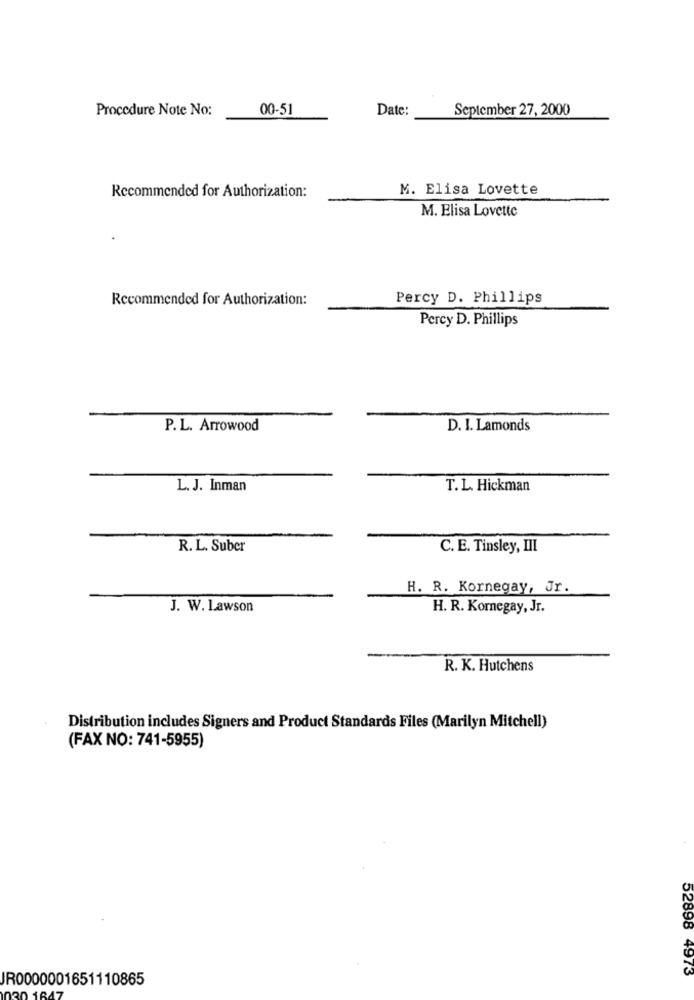
Procedure Note No:
00-51
Date:
September 27, 2000
M. Elisa Lovette
Recommended for Authorization:
M. Elisa Lovette
Recommended for Authorization:
Percy D. Phillips
Percy D. Phillips
P.L. Arrowood
D. I. Lamonds
L. J. Inman
T. L. Hickman
R. L. Suber
C. E. Tinsley, III
H. R. Kornegay, Jr.
J. W. Lawson
H. R. Kornegay, Jr.
R. K. Hutchens
Distribution includes Signers and Product Standards Files (Marilyn Mitchell)
(FAX NO: 741-5955)
52898 4973
IR0000001651110865
30 1847